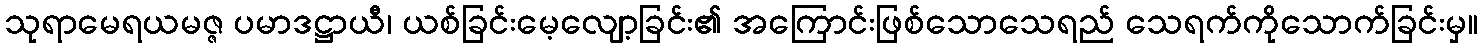
သုရာမေရယမဇ္ဇ ပမာဒဋ္ဌာယီ၊ ယစ်ခြင်းမေ့လျော့ခြင်း၏ အကြောင်းဖြစ်သောသေရည် သေရက်ကိုသောက်ခြင်းမှ။